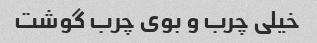
خیلی چرب و بوی چرب گوشت